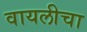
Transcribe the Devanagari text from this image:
वायलीचा